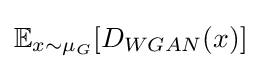
\mathbb {E} _{x\sim \mu _{G}}[D_{WGAN}(x)]